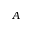
A